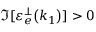
\Im [ \mathinner { \varepsilon _ { e } ^ { \perp } \mathopen { \left( k _ { 1 } \right) } } ] > 0